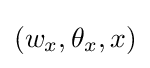
(w_{x},\theta _{x},x)